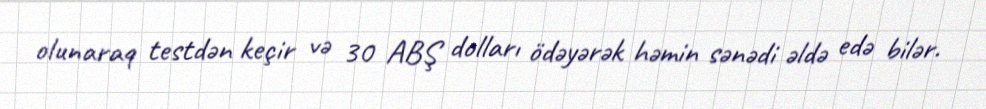
olunaraq testdən keçir və 30 ABŞ dolları ödəyərək həmin sənədi əldə edə bilər.